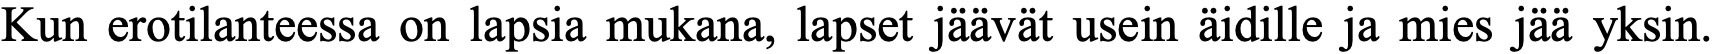
Kun erotilanteessa on lapsia mukana, lapset jäävät usein äidille ja mies jää yksin.